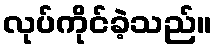
လုပ်ကိုင်ခဲ့သည်။